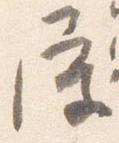
屋